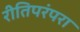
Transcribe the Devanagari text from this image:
रीतिपरंपरा